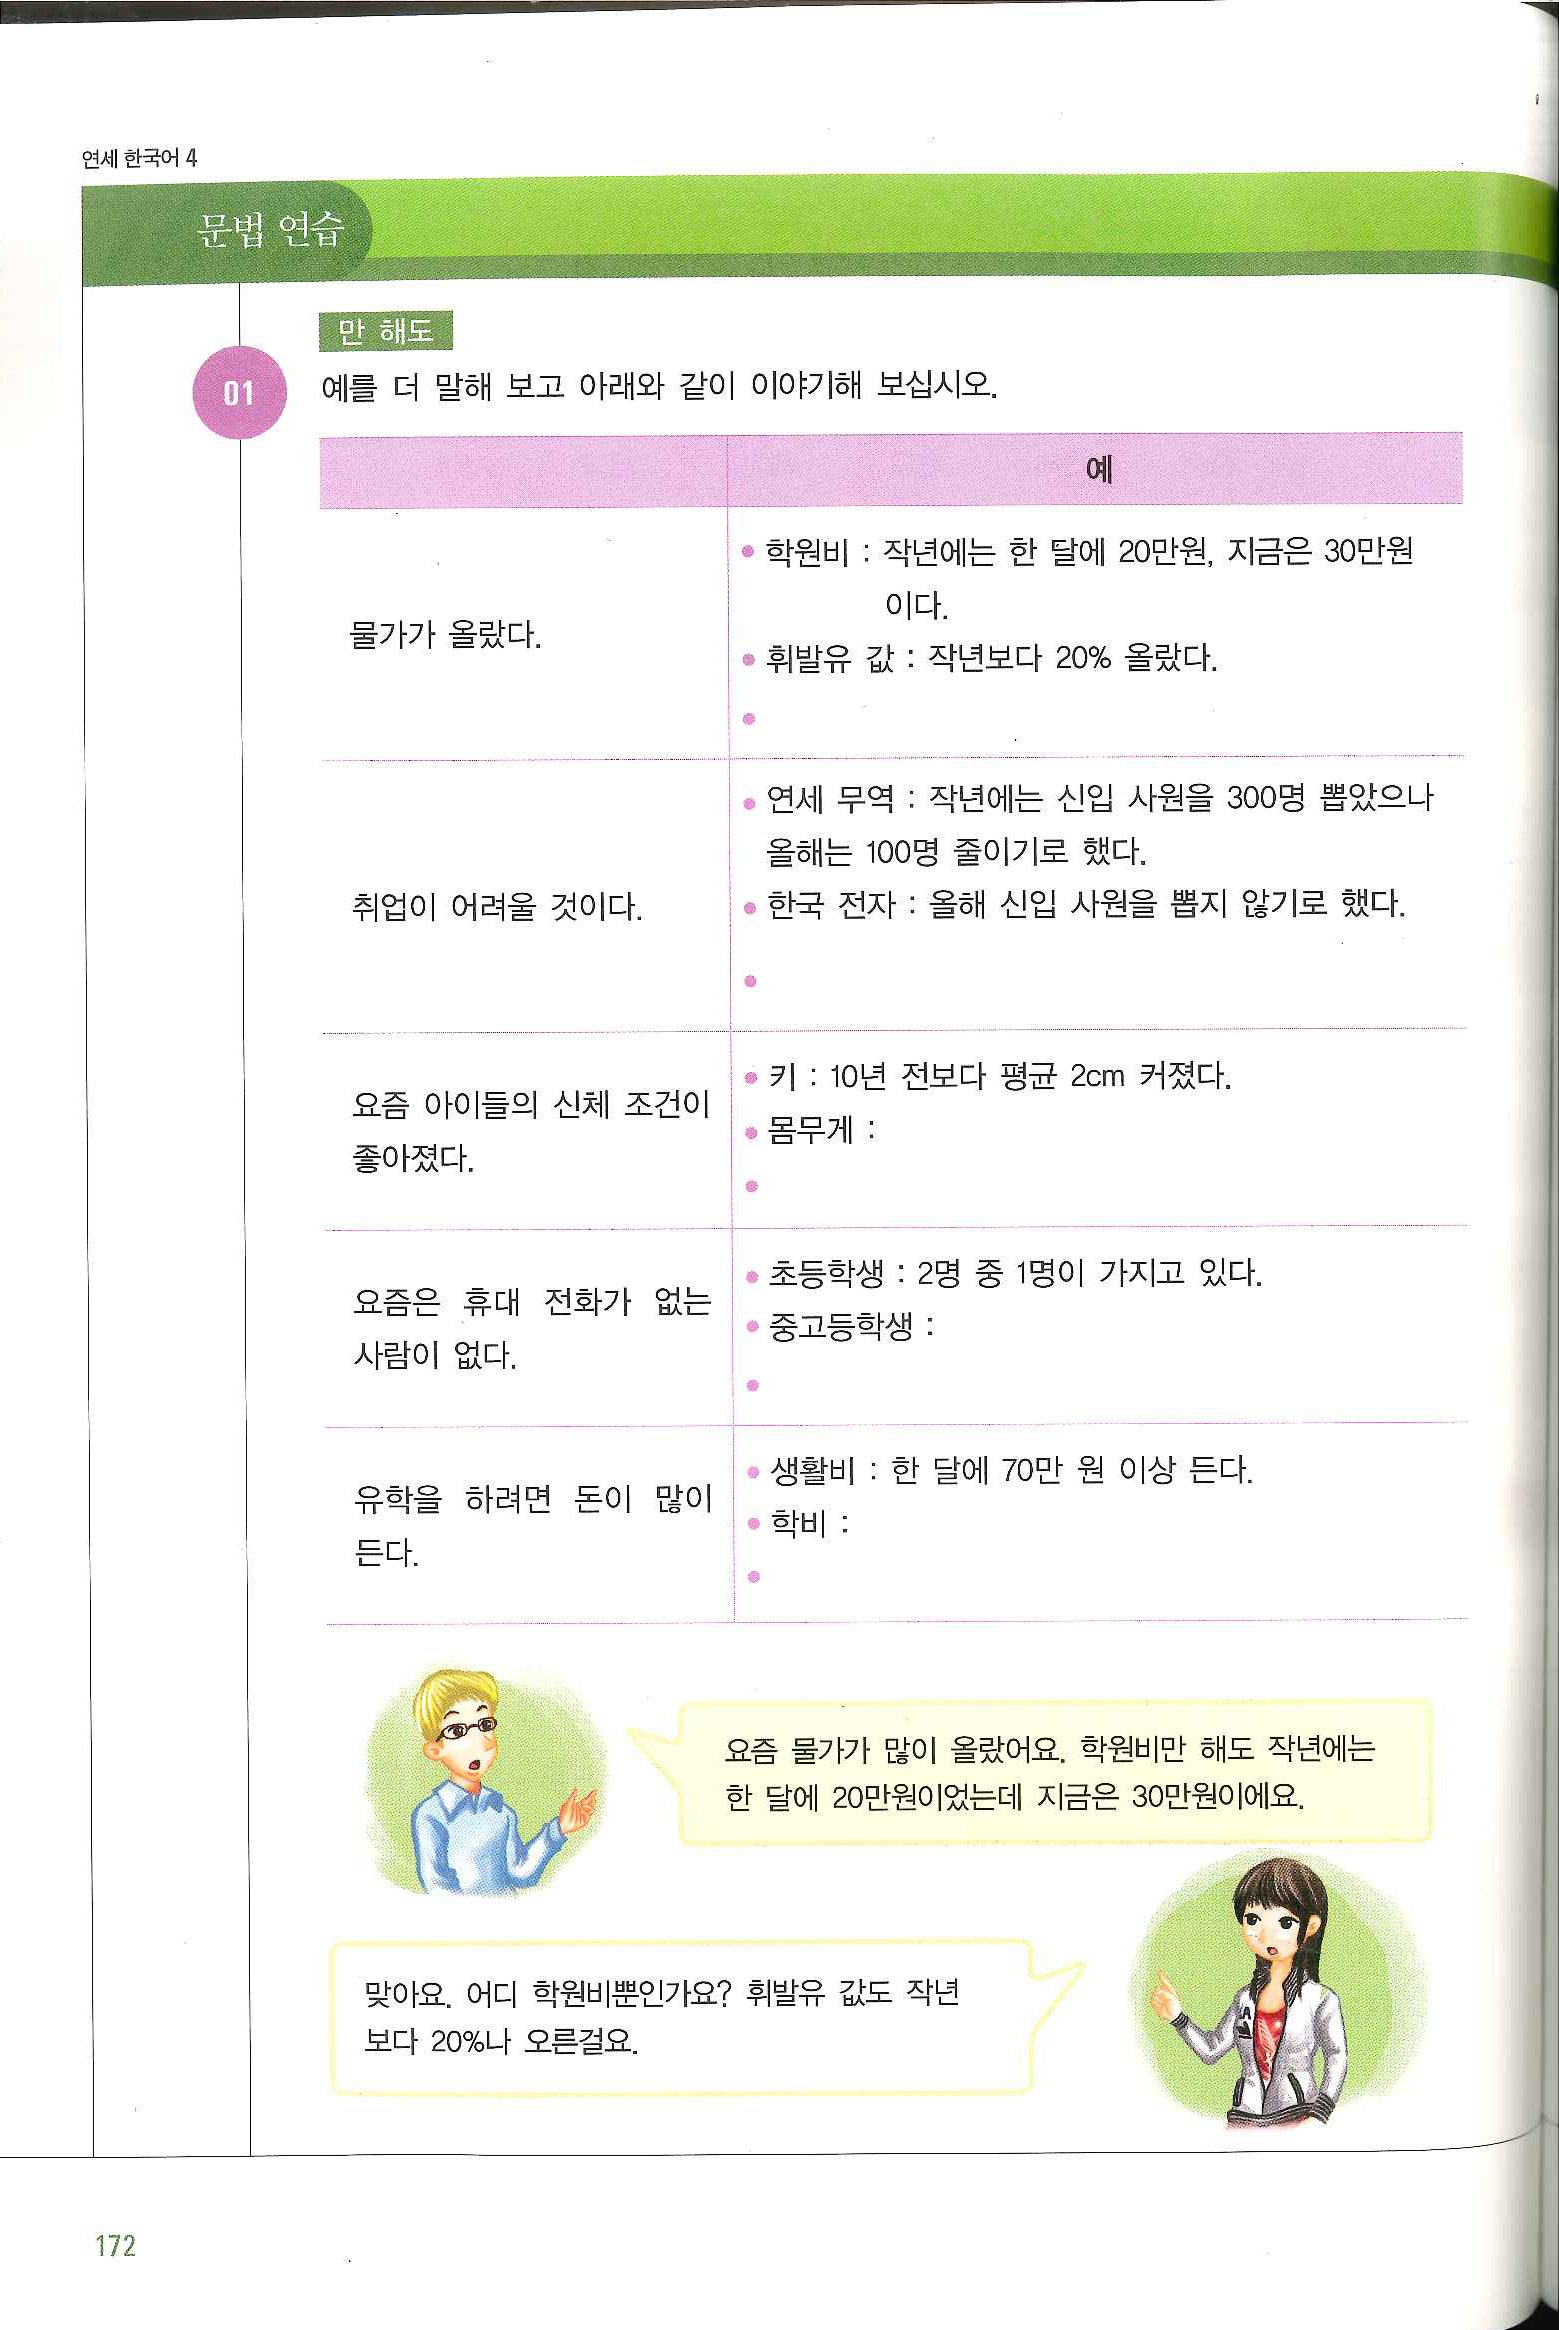
Language: ko